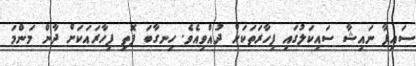
ސައިފާ ނައިޝާ ސައިކަލުގައި ފިހާރަތަކަށް ދުއްވިއެވެ. ހިނގާބަ ފޮތި ފިހާރައަކަށް ދާން މަންމަ